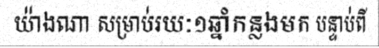
យ៉ាងណា សម្រាប់រយៈ១ឆ្នាំកន្លងមក បន្ទាប់ពី